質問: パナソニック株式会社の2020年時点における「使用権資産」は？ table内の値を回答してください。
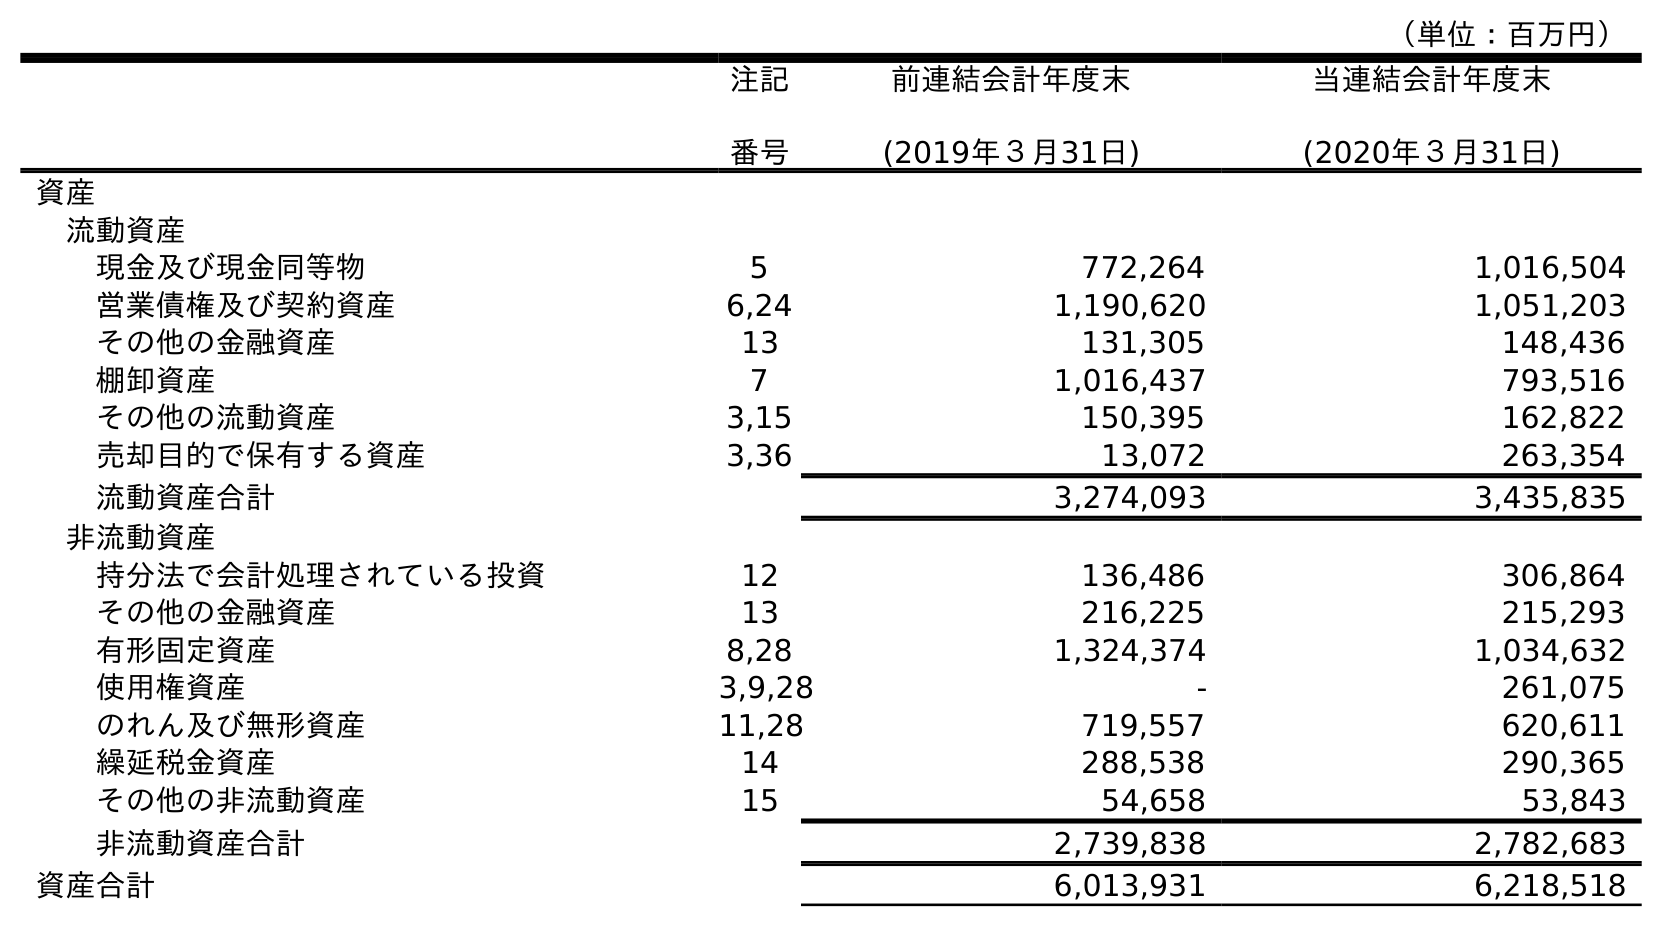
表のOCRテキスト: （単位：百万円） 注記 番号 前連結会計年度末 (2019年３月31日) 当連結会計年度末 (2020年３月31日) 資産 流動資産 現金及び現金同等物 5 772,264 1,016,504 営業債権及び契約資産 6,24 1,190,620 1,051,203 その他の金融資産 13 131,305 148,436 棚卸資産 7 1,016,437 793,516 その他の流動資産 3,15 150,395 162,822 売却目的で保有する資産 3,36 13,072 263,354 流動資産合計 3,274,093 3,435,835 非流動資産 持分法で会計処理されている投資 12 136,486 306,864 その他の金融資産 13 216,225 215,293 有形固定資産 8,28 1,324,374 1,034,632 使用権資産 3,9,28 - 261,075 のれん及び無形資産 11,28 719,557 620,611 繰延税金資産 14 288,538 290,365 その他の非流動資産 15 54,658 53,843 非流動資産合計 2,739,838 2,782,683 資産合計 6,013,931 6,218,518
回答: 261,075